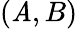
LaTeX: (\mathit{A},B)